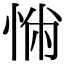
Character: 𢛎